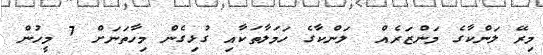
މިރޭ ލަންކާގެ މަންޒަރެއް  ލަންކާގެ ހަމަލާތަކާއި ގުޅިގެން މިހާތަނަށް 7 މީހުން